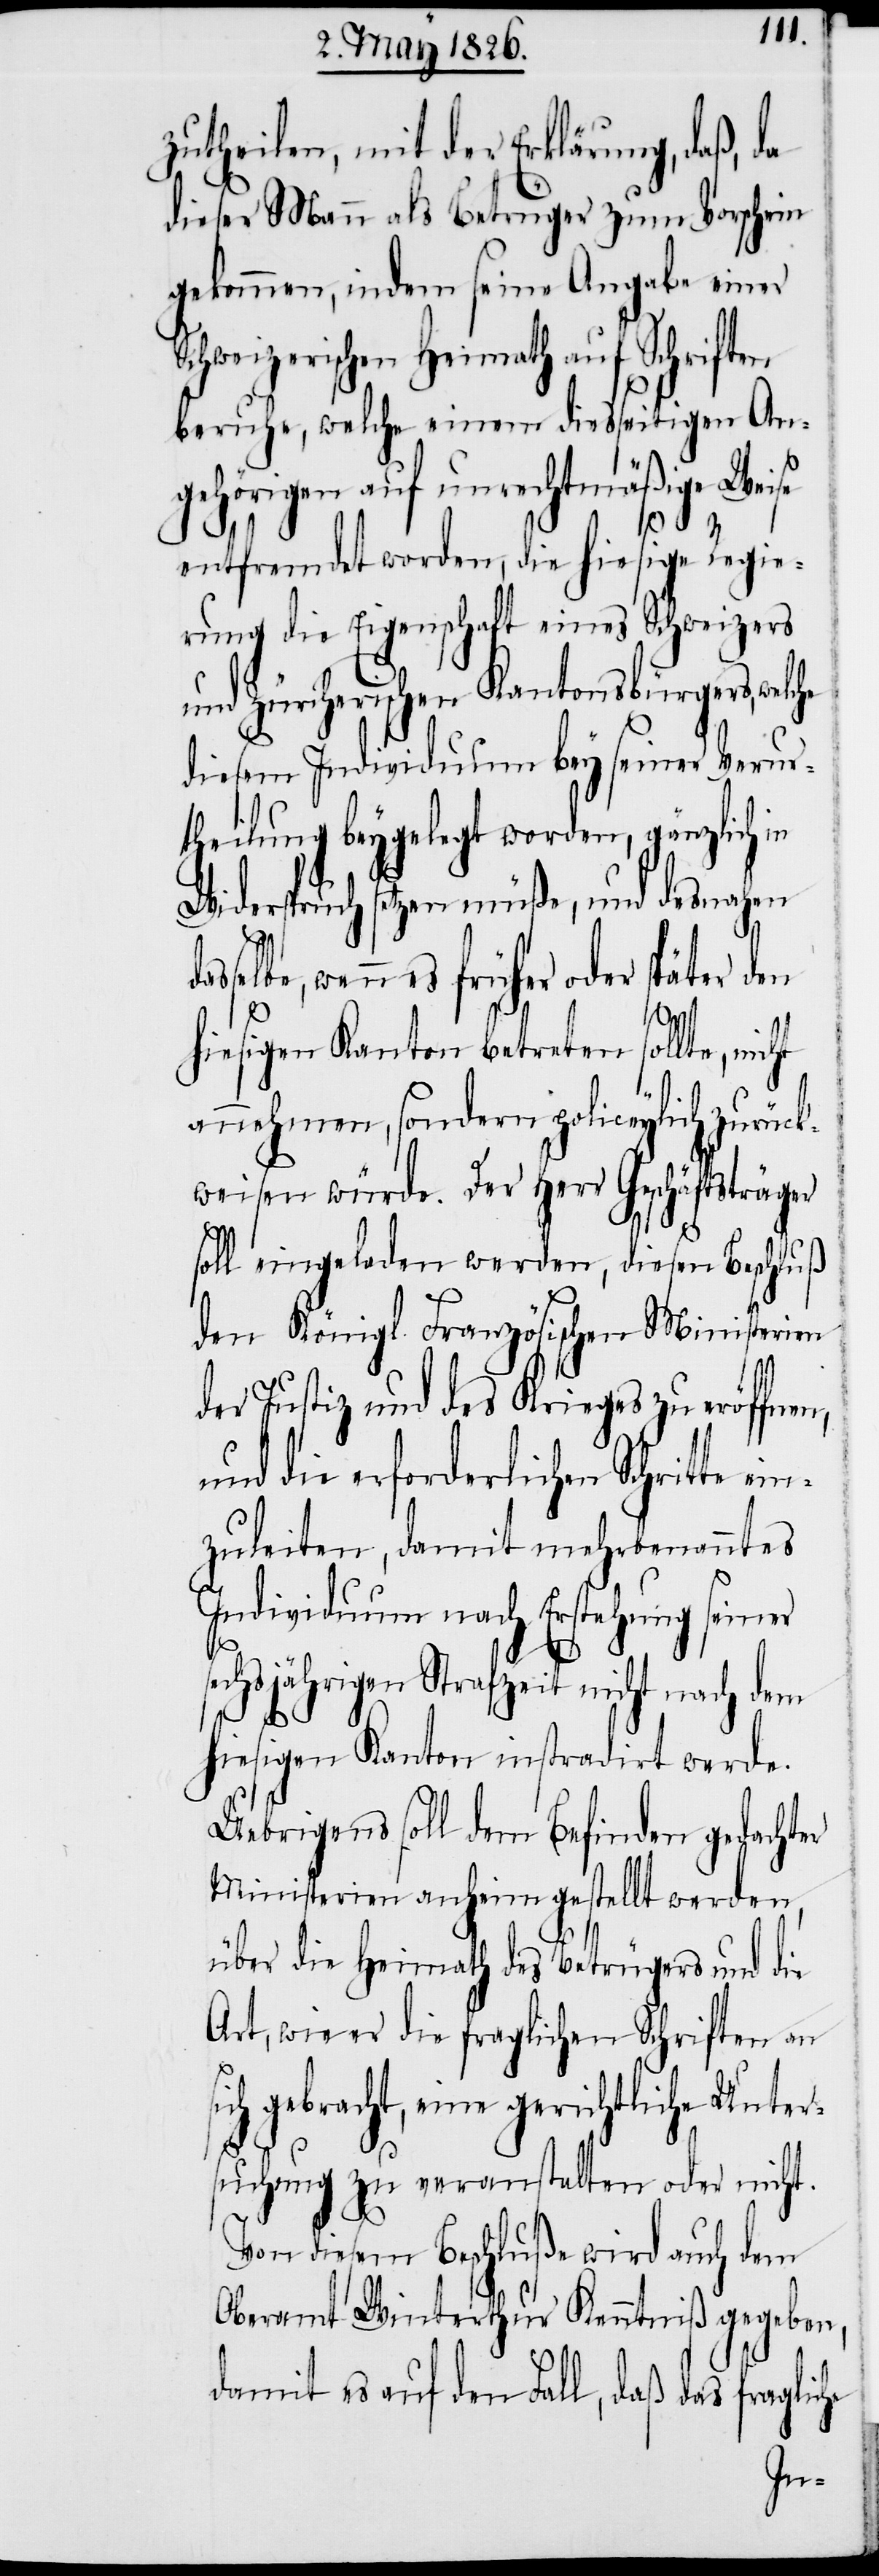
zutheilen, mit der Erklärung, daß, da
dieser Mann als Betrüger zum Vorschein
gekommen, indem seine Angabe einer
Schweizerischen Heimath auf Schriften
beruhe, welche einem diesseitigen An¬
gehörigen auf unrechtmäßige Weise
s¬
entfremdet worden, die hiesige Regie¬
rung die Eigenschaft eines Schweizers
und Zürcherischen Kantonsbürgers, wel¬
diesem Individuum bey seiner Verur¬
theilung beygelegt worden, gänzlich in
Widerspruch setzen müße, und desnahen
wenn es früher oder später den
hiesigen Kanton betreten sollte, nicht
annehmen, sondern policeylich zurück¬
weisen würde. Der Herr Geschäftsträger
soll eingeladen werden, diesen Beschluß
den Königl. Französischen Ministerien
der Justiz und des Krieges zu eröffnen,
und die erforderlichen Schritte ei¬
nzuleiten, damit mehrbenanntes
Individuum nach Erstehung seiner
sechsjährigen Strafzeit nicht nach dem
hiesigen Kanton instradirt werde.
Uebrigens soll dem Befinden gedachter
Ministerien anheimgestellt werden,
über die Heimath des Betrügers und die
Art, wie er die fraglichen Schriften an
ich gebracht, eine gerichtliche Unter¬
suchung zu veranstalten oder nicht.
Von diesem Beschluße wird auch dem
Oberamt Winterthur Kenntniß gegeben,
damit es auf den Fall, daß das fraglic¬
he